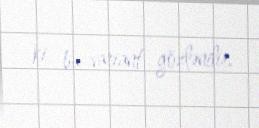
ki, bu variant gözlənilir.